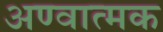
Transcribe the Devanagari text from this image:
अण्वात्मक